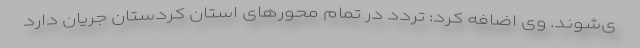
ی‌شوند. وی اضافه کرد: تردد در تمام محورهای استان کردستان جریان دارد